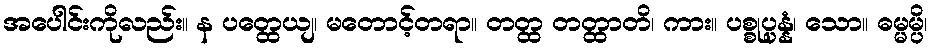
အပေါင်းကိုလည်း။ န ပတ္ထေယျ၊ မတောင့်တရာ။ တတ္ထ တတ္ထာတိ၊ ကား။ ပစ္စုပ္ပန္နံ၊ သော။ ဓမ္မမ္ပိ၊